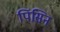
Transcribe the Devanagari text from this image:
पिंसिन